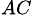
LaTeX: _{AC}